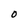
Character: O